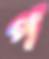
প